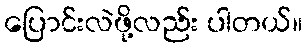
ပြောင်းလဲဖို့လည်း ပါတယ်။